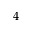
4